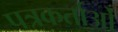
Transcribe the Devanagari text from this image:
पत्रकर्ताओं